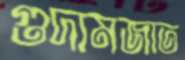
গুদামজাত